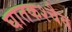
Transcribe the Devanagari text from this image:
घातकश्चैव